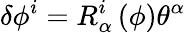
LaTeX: \delta\phi^{i}=R_{\alpha}^{i}\, (\phi)\theta^{\alpha}